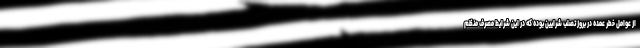
از عوامل خطر عمده در بروز تصلب شرایین بوده که در این شرایط مصرف منظم